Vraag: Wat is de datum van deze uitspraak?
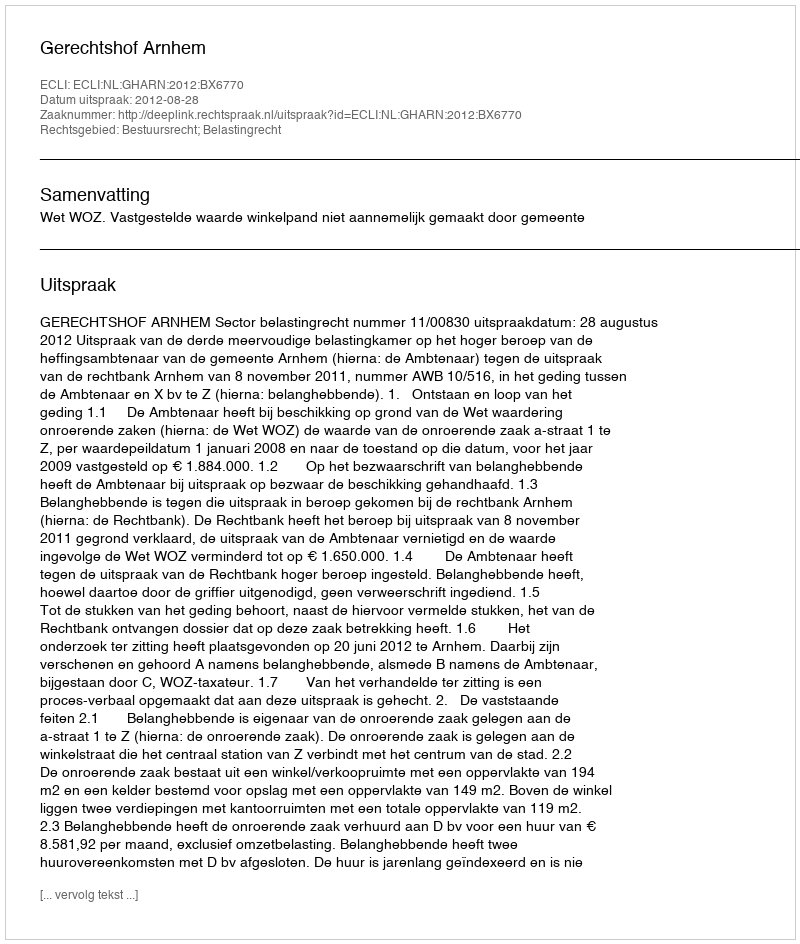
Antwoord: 2012-08-28